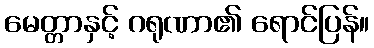
မေတ္တာနှင့် ဂရုဏာ၏ ရောင်ပြန်။